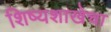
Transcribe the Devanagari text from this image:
शिष्यशाखेचा